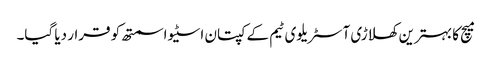
میچ کا بہترین کھلاڑی آسٹریلوی ٹیم کے کپتان اسٹیو اسمتھ کو قرار دیا گیا۔